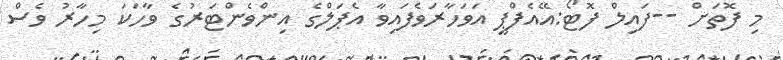
މި ފޮތަށް --ފައިލް ފޮޓޯ:އޭއެފްޕީ އަވަހާރަވެފައިވާ އެޕަލްގެ އިންވެންޓަރުގެ ވާހަކަ މިހާރު ވެސް